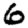
Digit: 6